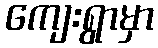
ကျေးရွာမှာ